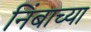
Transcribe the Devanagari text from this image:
निंबाच्या